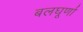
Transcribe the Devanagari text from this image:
बलघूर्णा